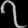
Digit: ၇